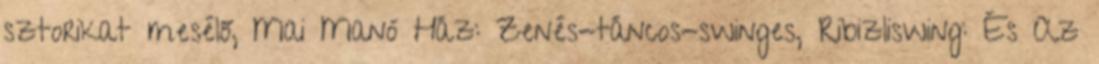
sztorikat mesélő, Mai Manó Ház: Zenés-táncos-swinges, Ribizliswing: És Az